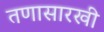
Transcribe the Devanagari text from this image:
तणासारखी